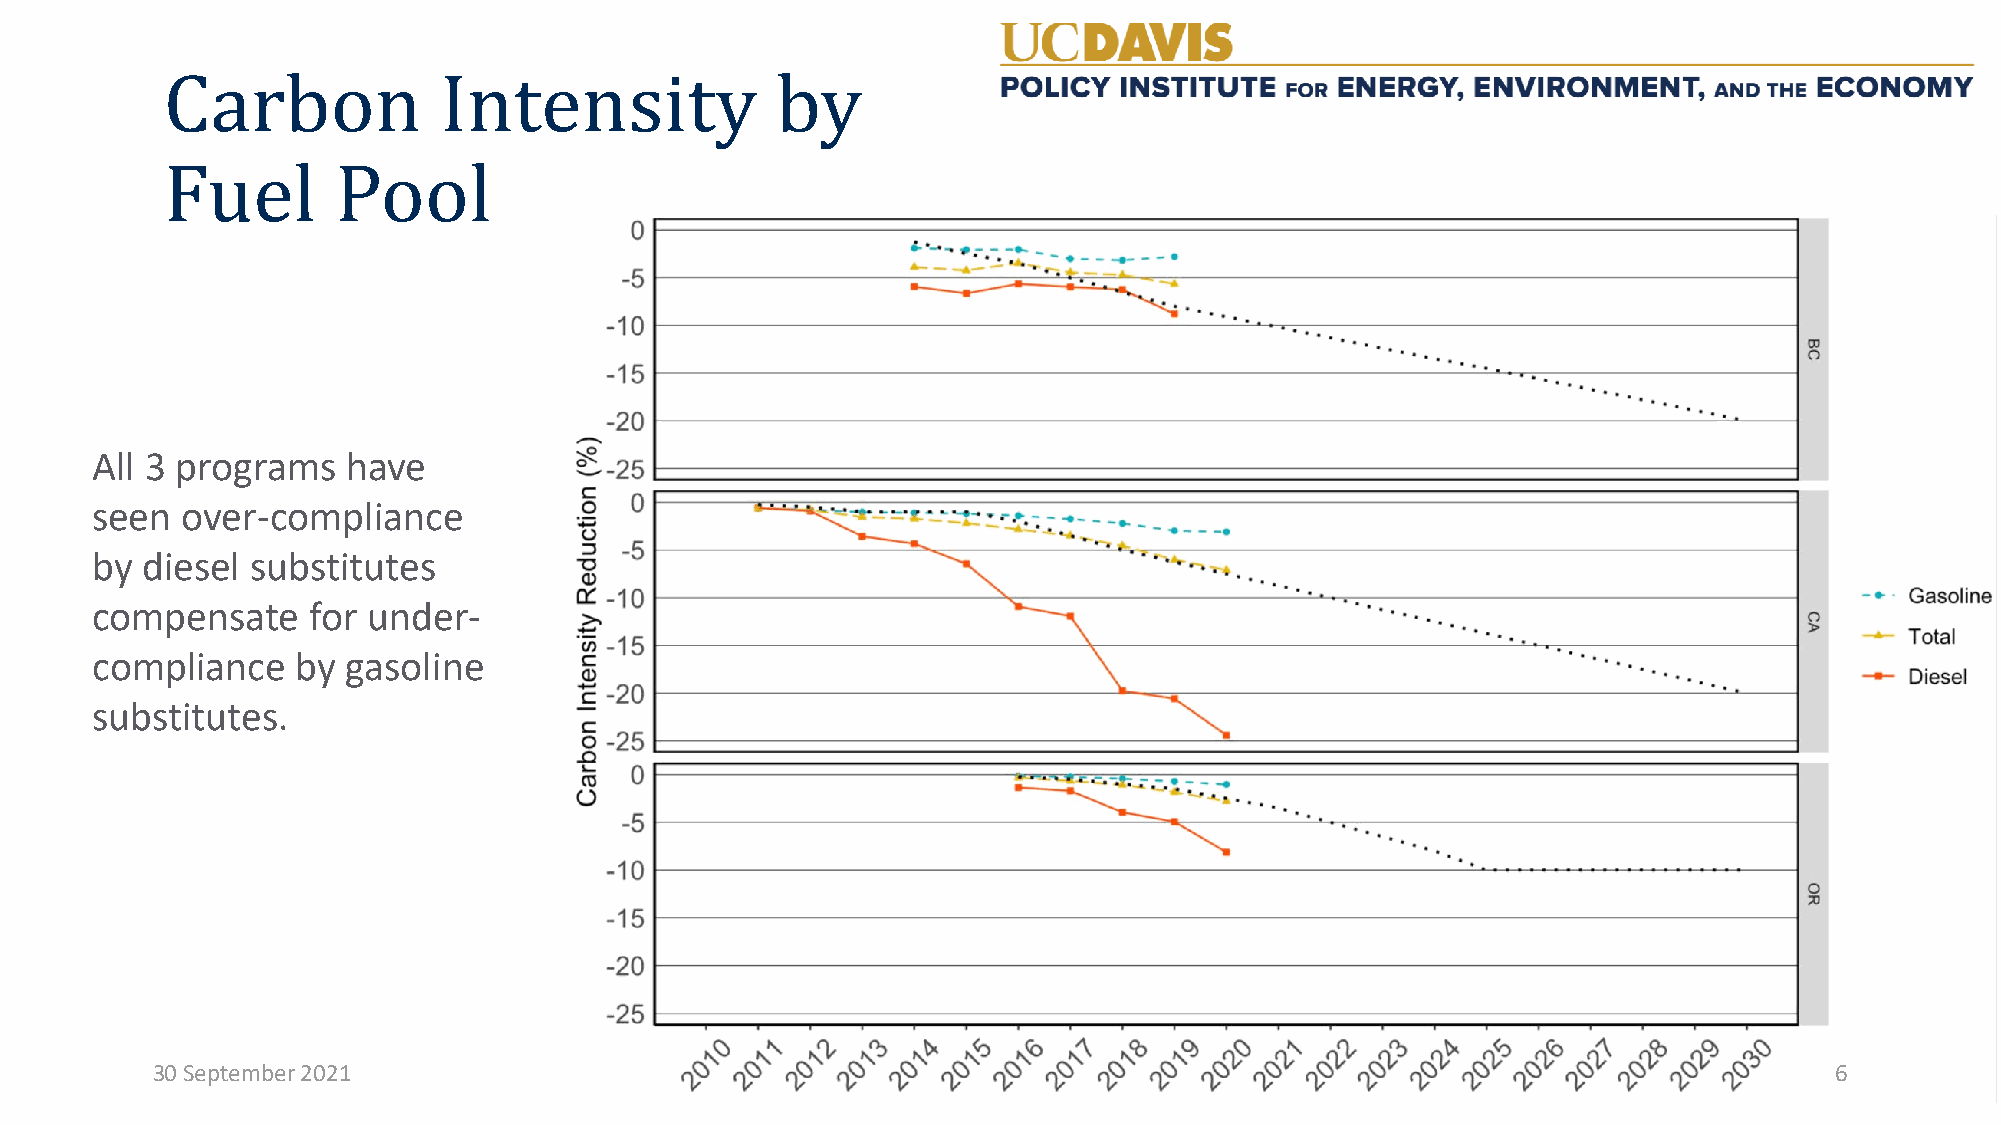
Carbon            Intensity             by
 Fuel       Pool
 All 3 programs   have
 seen  over-compliance
 by diesel  substitutes
 compensate    for under-
 compliance    by gasoline
 substitutes.
 30 September 2021                                                                                              6